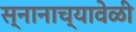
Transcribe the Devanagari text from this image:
स्नानाच्यावेळी